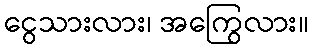
ငွေသားလား၊ အကြွေလား။